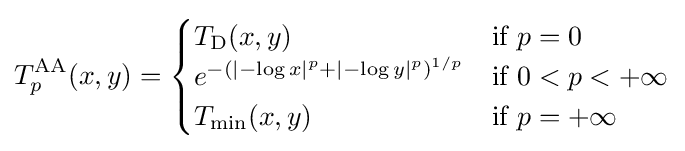
T_{p}^{\mathrm {AA} }(x,y)={\begin{cases}T_{\mathrm {D} }(x,y)&{\text{if }}p=0\\e^{-\left(|-\log x|^{p}+|-\log y|^{p}\right)^{1/p}}&{\text{if }}0<p<+\infty \\T_{\mathrm {min} }(x,y)&{\text{if }}p=+\infty \end{cases}}